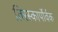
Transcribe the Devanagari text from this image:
तिरस्कार्पोर्वक